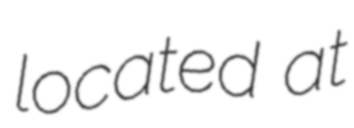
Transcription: located at